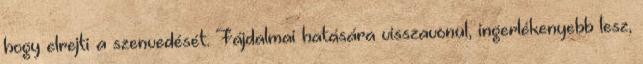
hogy elrejti a szenvedését. Fájdalmai hatására visszavonul, ingerlékenyebb lesz,